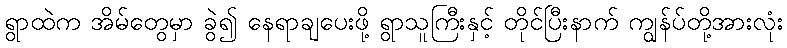
ရွာထဲက အိမ်တွေမှာ ခွဲ၍ နေရာချပေးဖို့ ရွာသူကြီးနှင့် တိုင်ပြီးနာက် ကျွန်ပ်တို့အားလုံး